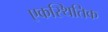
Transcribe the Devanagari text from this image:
एकस्थितिक